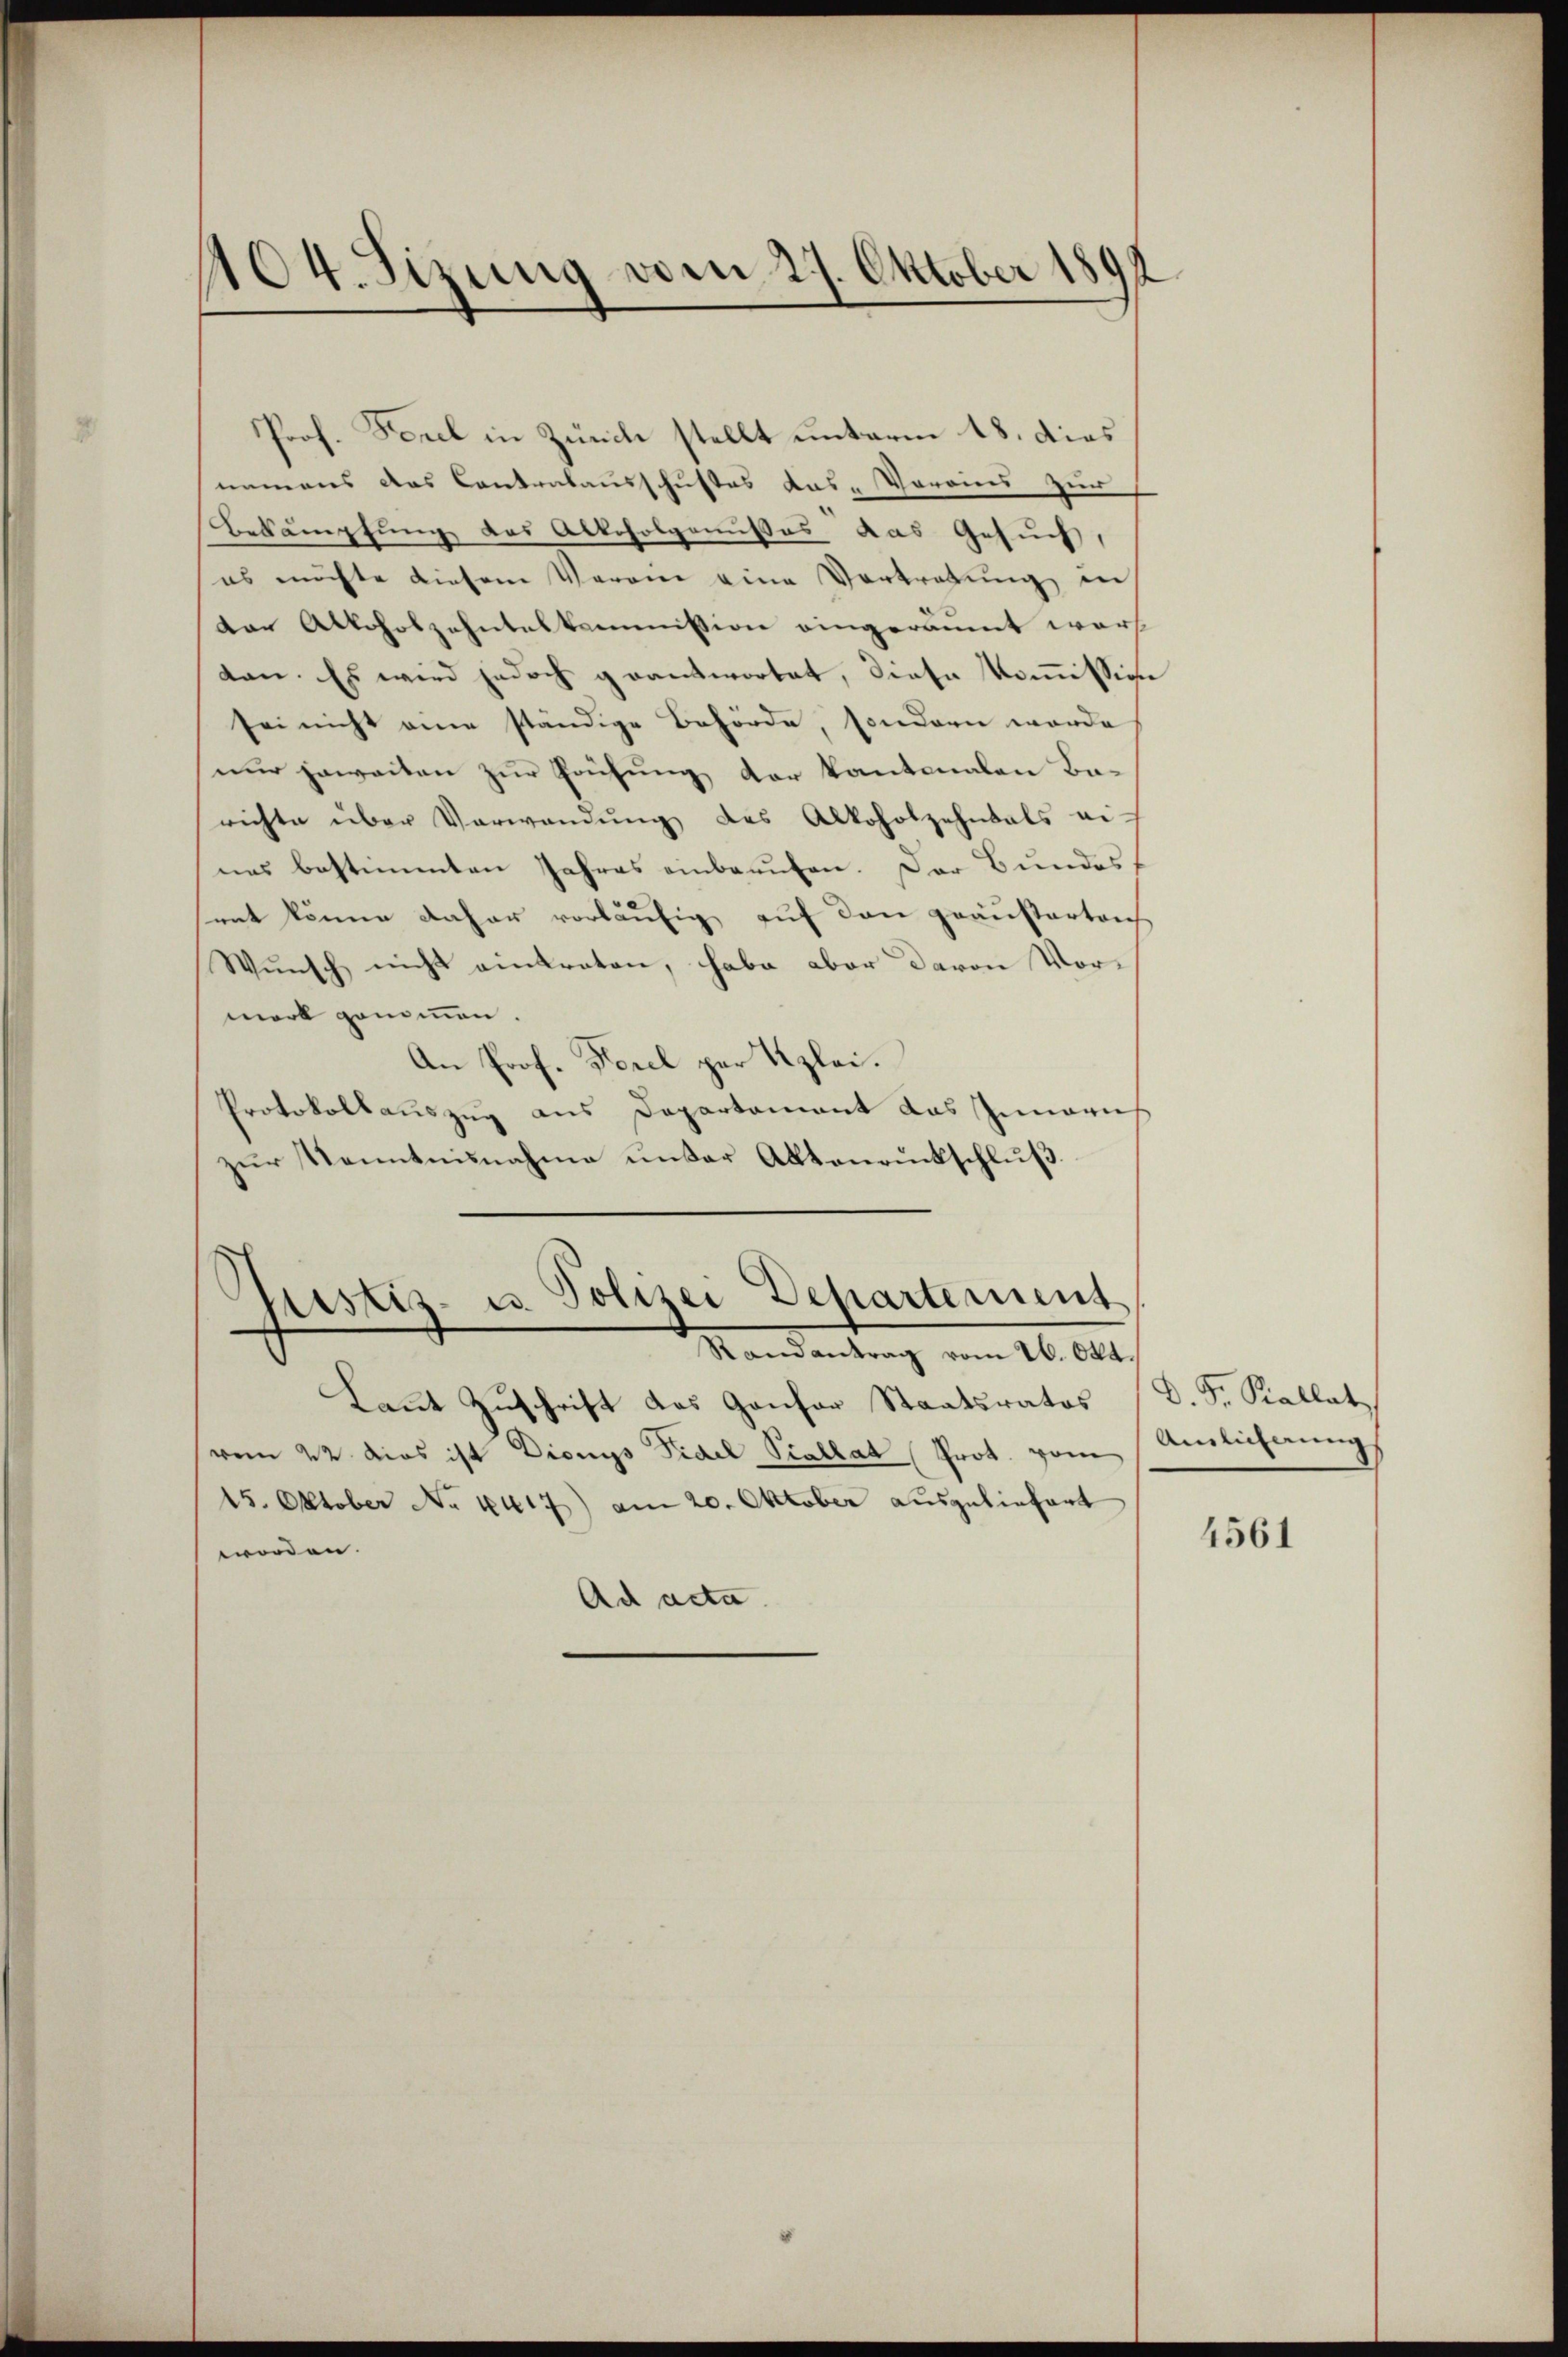
104. Sizung vom 27. Oktober 189
d

Prof. Forel in Zürche stellt unterm 18. dies
namens das Contralausschustes das Vorains zur
Bekämpfung des Alkoholgenußes das Gesuch,
es möchte diesem Verein eine Vertretung in
dar Alkoholzehntelkommission eingeräumt wor
tan. Es wird jedoch geantwortet, diese Kommission
sei nicht eine ständige Behörde, sondern worde
nur jeweiten zur Prüfung der kantonalen Basrichte über Verwandŭng des Alkoholzehntals ei-
nes bestimmten Jahres einberufen. Der Bundessent könne daher vorläufig auf den geäußertens
Wunsch nicht eintreten, habe aber davon Vormark genommen.
An Prof. Forel per Kzlei.
Protokollauszug aus Departement das Inneries
zŭr Kenntnisnahme unser Aktenrückschlŭβ

pustiz- u. Polizei Departement
Randantrag vom 26. Okt.

Laut Zuschrift das Gansor Staatsrates
vom 22. dies ist Dionys Fidel Scallat Prot. vom Amlichnung
15. Oktober No 1417) am 20. Oktober ausgeliefert
worden. |
Ad acta.

D. P. Pallat

4561